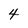
Character: 4